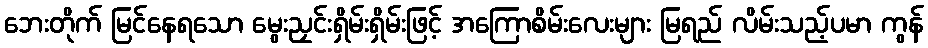
ဘေးတိုက် မြင်နေရသော မွေးညှင်းရှိမ်းရှိမ်းဖြင့် အကြောစိမ်းလေးများ မြရည် လိမ်းသည့်ပမာ ကွန်